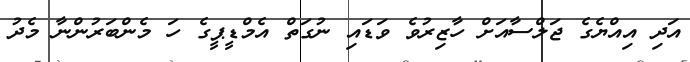
އަދި އިއްޔެގެ ޖަލްސާއަށް ހާޒިރުވެ ވަޑައި ނުގަތް އެމްޑީޕީގެ ހަ މެންބަރުންނާ މެދު